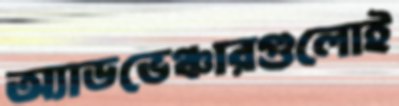
অ্যাডভেঞ্চারগুলোই